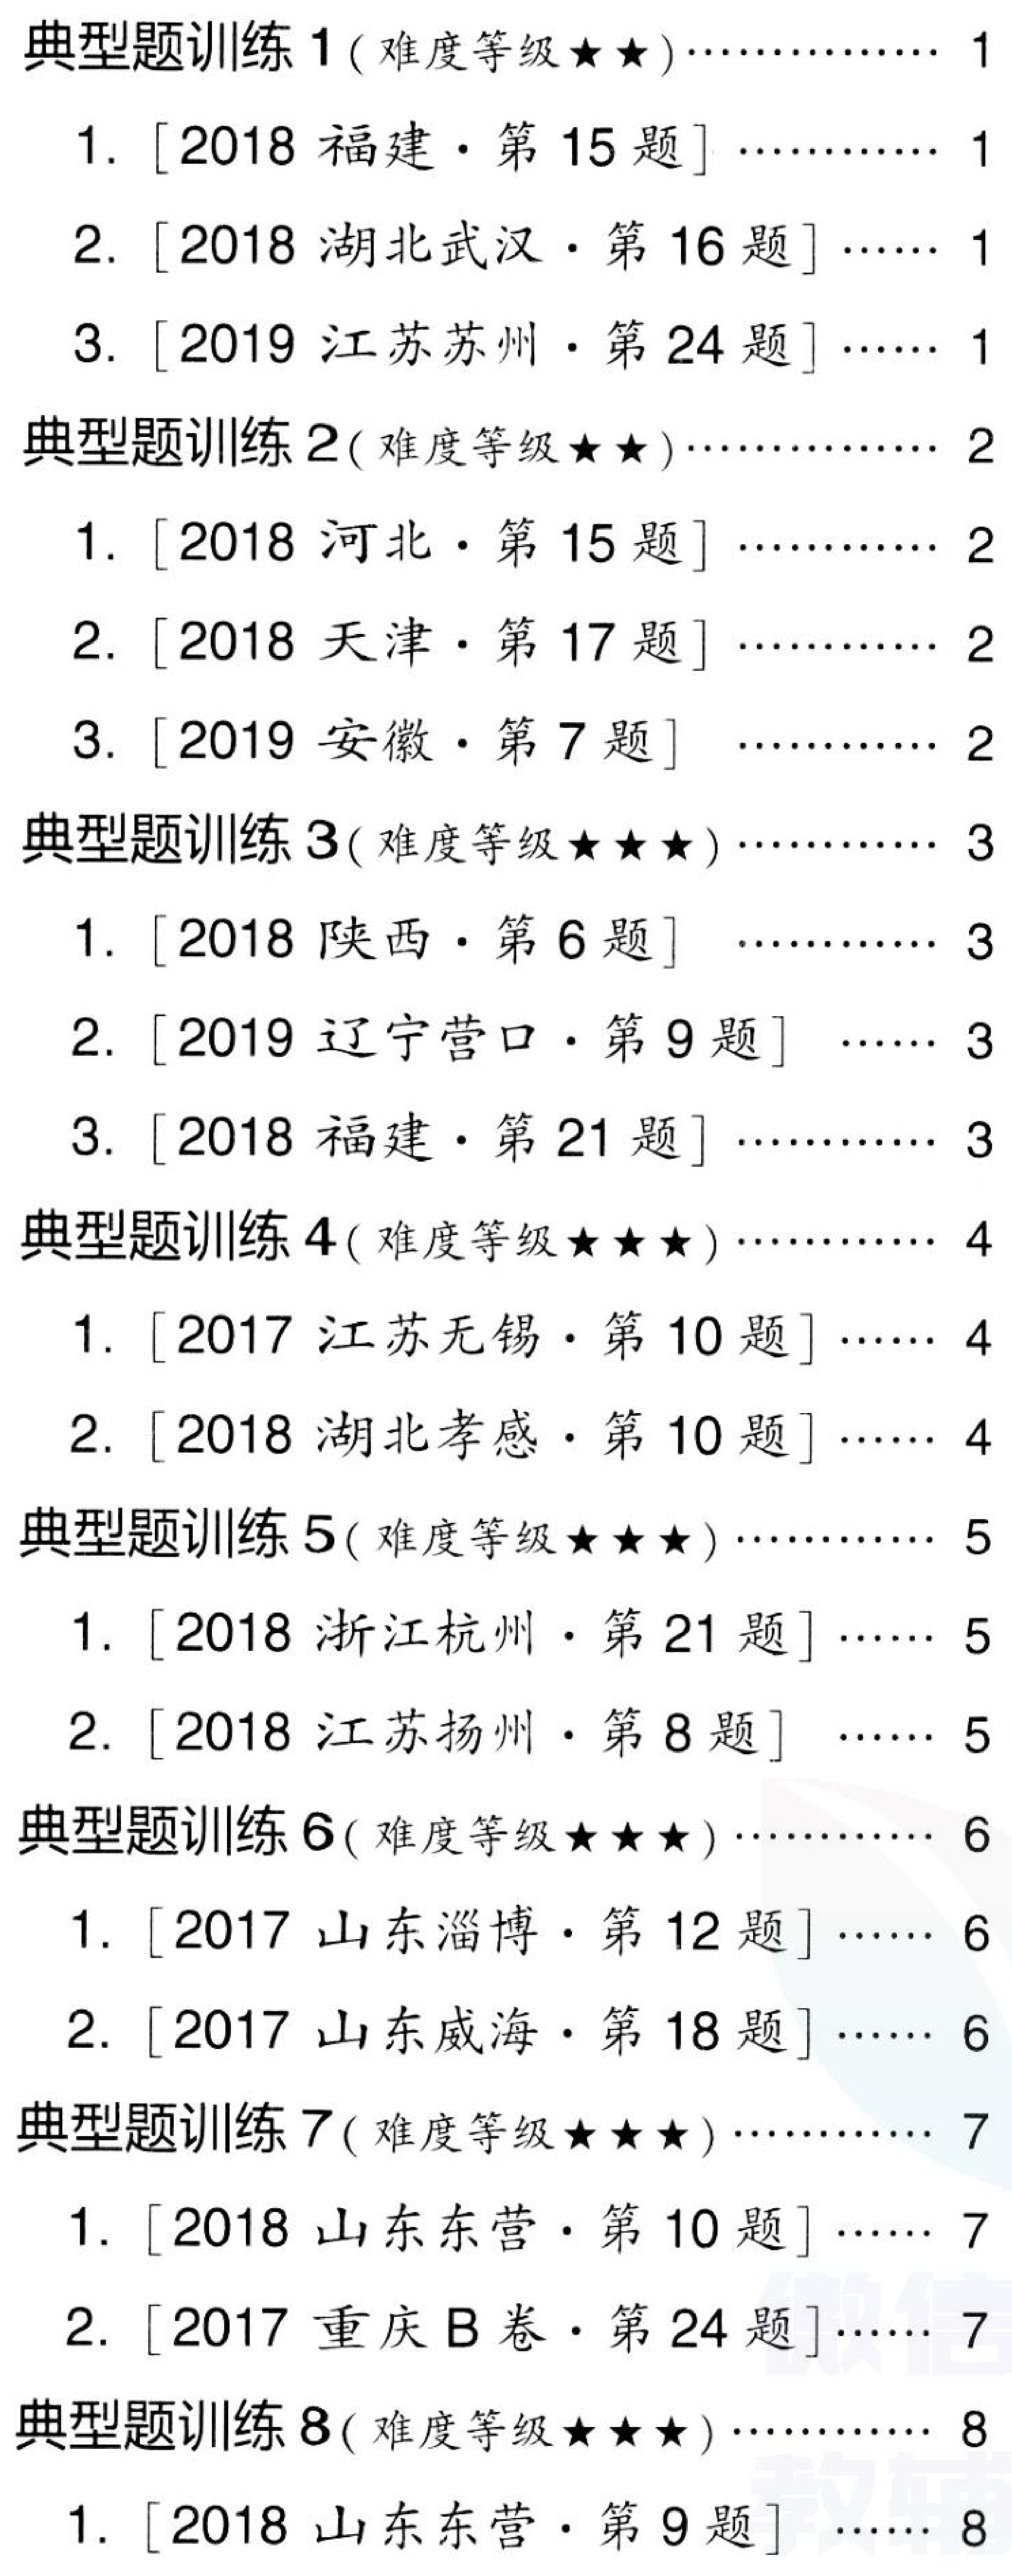
典型题训练 1 ( 难度等级★★)…………… 1
  1. [2018 福建·第 15 题] ………… 1
  2. [2018 湖北武汉·第 16 题] …… 1
  3. [2019 江苏苏州·第 24 题] …… 1
典型题训练 2( 难度等级★★)…………… 2
  1. [2018 河北·第 15 题] ………… 2
  2. [2018 天津·第 17 题] ………… 2
  3. [2019 安徽·第 7 题]  ………… 2
典型题训练 3( 难度等级★★★)………… 3
  1. [2018 陕西·第 6 题]  ………… 3
  2. [2019 辽宁营口·第 9 题]  …… 3
  3. [2018 福建·第 21 题] ………… 3
典型题训练 4( 难度等级★★★)………… 4
  1. [2017 江苏无锡·第 10 题] …… 4
  2. [2018 湖北孝感·第 10 题] …… 4
典型题训练 5( 难度等级★★★)………… 5
  1. [2018 浙江杭州·第 21 题] …… 5
  2. [2018 江苏扬州·第 8 题]  …… 5
典型题训练 6( 难度等级★★★)………… 6
  1. [2017 山东淄博·第 12 题] …… 6
  2. [2017 山东威海·第 18 题] …… 6
典型题训练 7( 难度等级★★★)………… 7
  1. [2018 山东东营·第 10 题] …… 7
  2. [2017 重庆 B 卷·第 24 题]…… 7
典型题训练 8( 难度等级★★★)………… 8
  1. [2018 山东东营·第 9 题]  …… 8